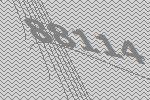
88114